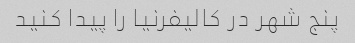
پنج شهر در کالیفرنیا را پیدا کنید